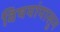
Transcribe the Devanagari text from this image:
विषयांपासून